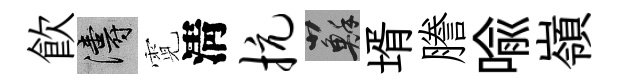
飮濤霓淸抗蘇壻謄喩嶺